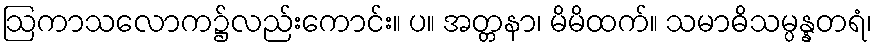
ဩကာသလောက၌လည်းကောင်း။ ပ။ အတ္တနာ၊ မိမိထက်။ သမာဓိသမ္ပန္နတရံ၊